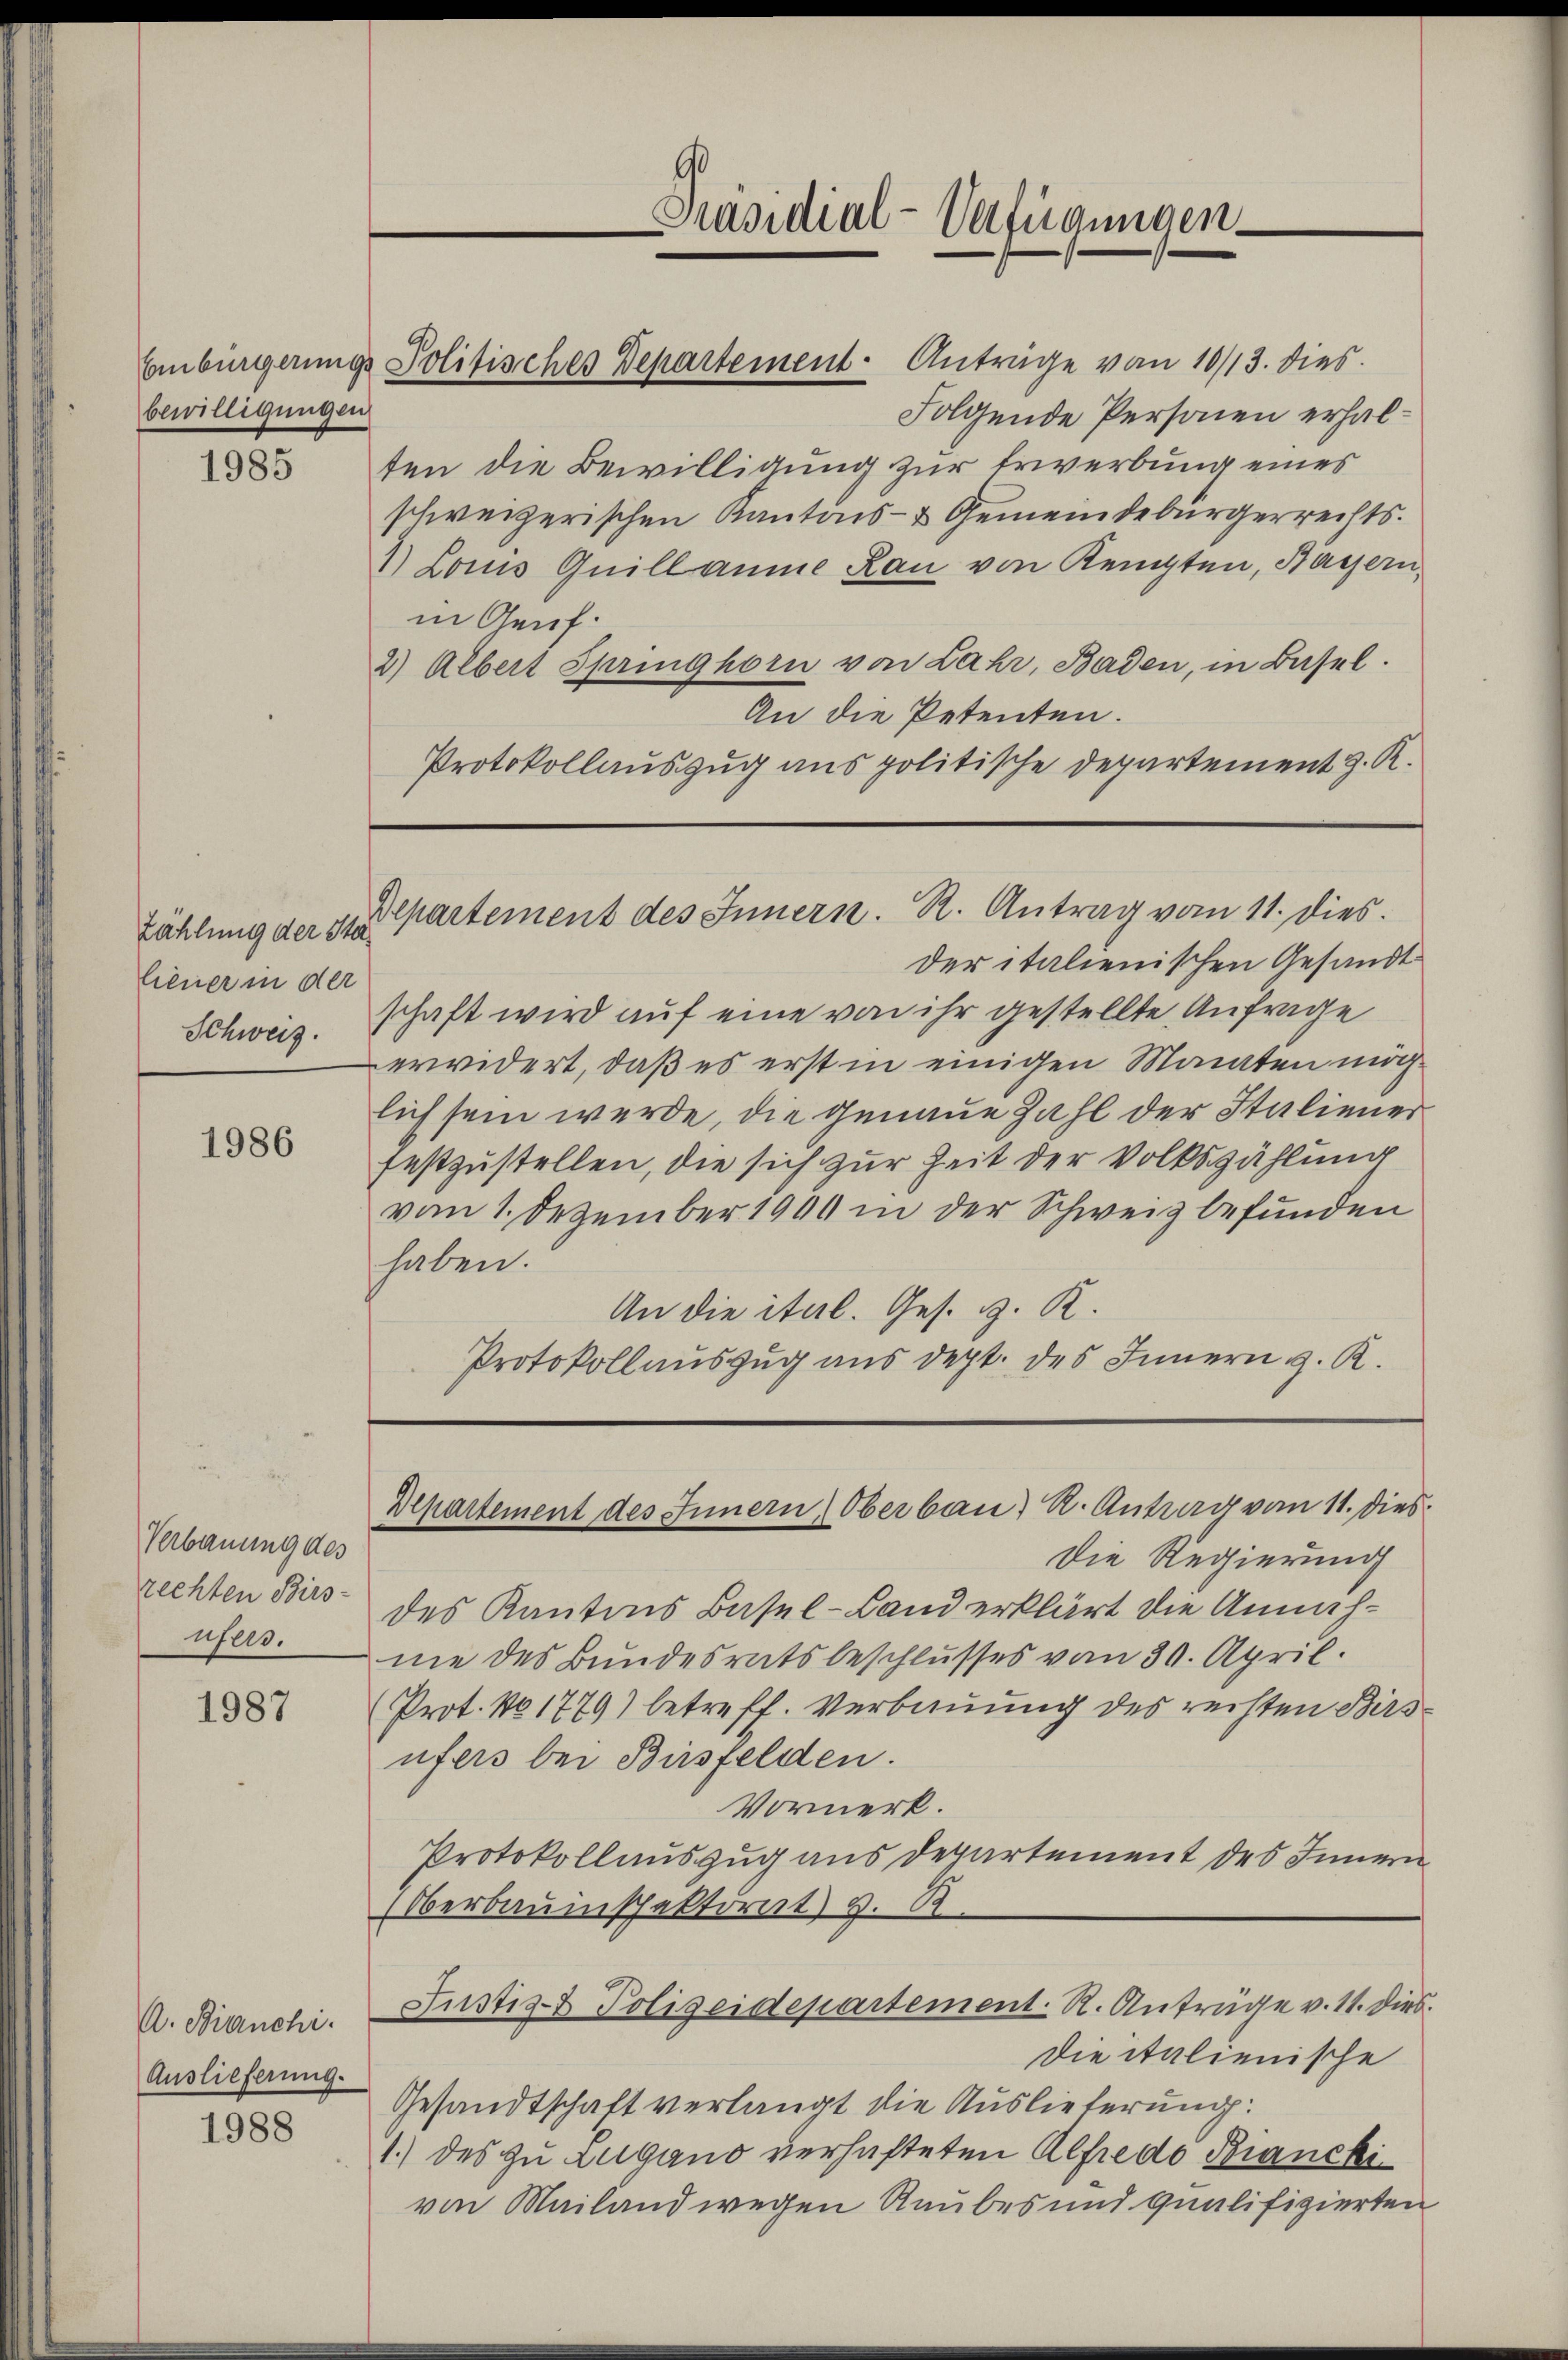
bewilligungen

1985

liener in der
Schweiz.

1986

Verbauung des
rechten Birs-
ueer.

1987

A. Bianchi.
Auslieferung.

1988

Folgende Personen erhalten die Bewilligung zur Erwerbung eines
schweizerischen Kantons- & Gemeindebürgerrechts¬
1) Louis Quillaume Rau von Kennten, Bayern,
in Genf.
2) Albert Springhorn von Lahr, Baden, in Basel.
An die Petenten.
Protokollauszug aus politische Departement z. R.

Präsidial-Verfügungen.

Einbürgerungs Politisches Departement - Anträge von 10/13. dies

Zählung der Stepartement des Innern. R. Antrag vom 11. dies

der italienischen Gesandt
schaft wird auf eine von ihr gestellte Anfrage
erwidert, daß es erst in einigen Monaten möchlich sein werde, die genaue Zahl der Staliener
festzustellen, die sich zur Zeit der Volkszählung
vom 1. Dezember 1900 in der Schweiz befunden
haben.
An die ital. Ges. g. R.
Protokollauszug aus dept. des Innern z. R.

Departement des Innern Oberbau, K. Antrag von 11. Dies

Die Regierung
des Kantons Basel-Land erklärt die Annahme des Bundesratsbeschlusses vom 30. April.
Prot. No 1779) betreff. Verbauung des reisten Birsufers bei Birsfelden.
Vormerk.
Protokollauszug aus Departement des Innern
Oberbauinspektorat v. R.
Justiz- & Polizeidepartement. R. Anträge v. 11. dies
Die italienische
Gesandtschaft verlangt die Auslieferung:
1.) des zu Zugano verhafteten Alfredo Bianckivon Mailand wegen Raubes und qualifizierten